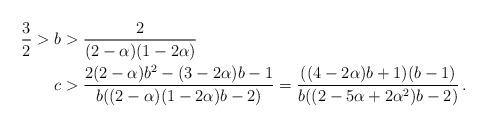
LaTeX: \begin{align*} \frac{3}{2} >\; & b >\frac{2}{(2-\alpha)(1-2\alpha)}\\&c > \frac{2(2-\alpha) b^2 - (3-2\alpha) b -1}{b((2-\alpha) (1-2\alpha) b -2)} = \frac{((4-2\alpha) b +1) (b-1)}{b ((2-5\alpha + 2\alpha^2) b -2)}\, .\end{align*}